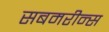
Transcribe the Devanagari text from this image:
सबमरीन्स